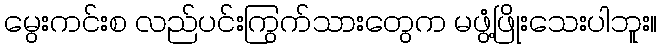
မွေးကင်းစ လည်ပင်းကြွက်သားတွေက မဖွံ့ဖြိုးသေးပါဘူး။